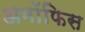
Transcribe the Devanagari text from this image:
अमॉफिस